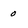
Character: 0